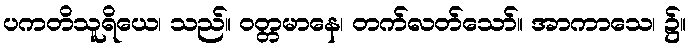
ပကတိသူရိယေ၊ သည်။ ဝတ္တမာနေ၊ တက်လတ်သော်။ အာကာသေ၊ ၌။